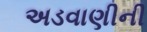
અડવાણીની